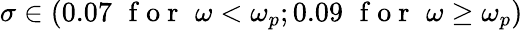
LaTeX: \sigma\in\left(0.07\, \, \mathrm{~f~o~r~}\, \, \omega<\omega_{p};0.09\, \, \mathrm{~f~o~r~}\, \, \omega\ge\omega_{p}\right)